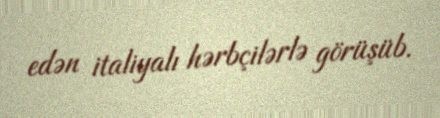
edən italiyalı hərbçilərlə görüşüb.